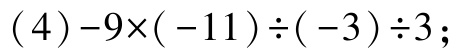
\((4)-9\times(-11)\div(-3)\div3\)